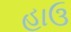
હાઉ